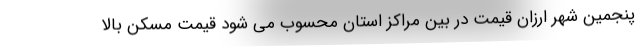
پنجمین شهر ارزان قیمت در بین مراکز استان محسوب می شود قیمت مسکن بالا